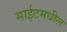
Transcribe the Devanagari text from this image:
साईटमधील